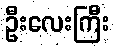
ဦးလေးကြီး